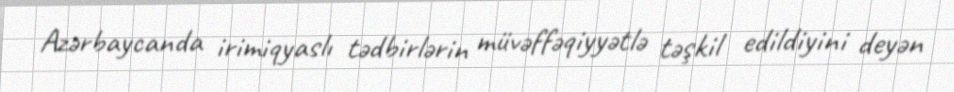
Azərbaycanda irimiqyaslı tədbirlərin müvəffəqiyyətlə təşkil edildiyini deyən